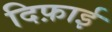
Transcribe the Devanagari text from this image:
दिफ़ाई